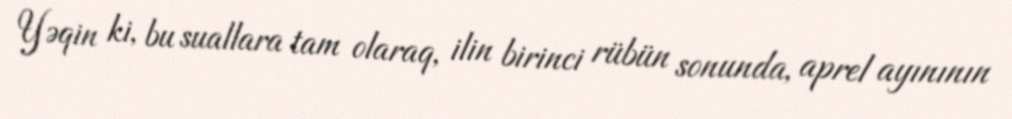
Yəqin ki, bu suallara tam olaraq, ilin birinci rübün sonunda, aprel ayınının